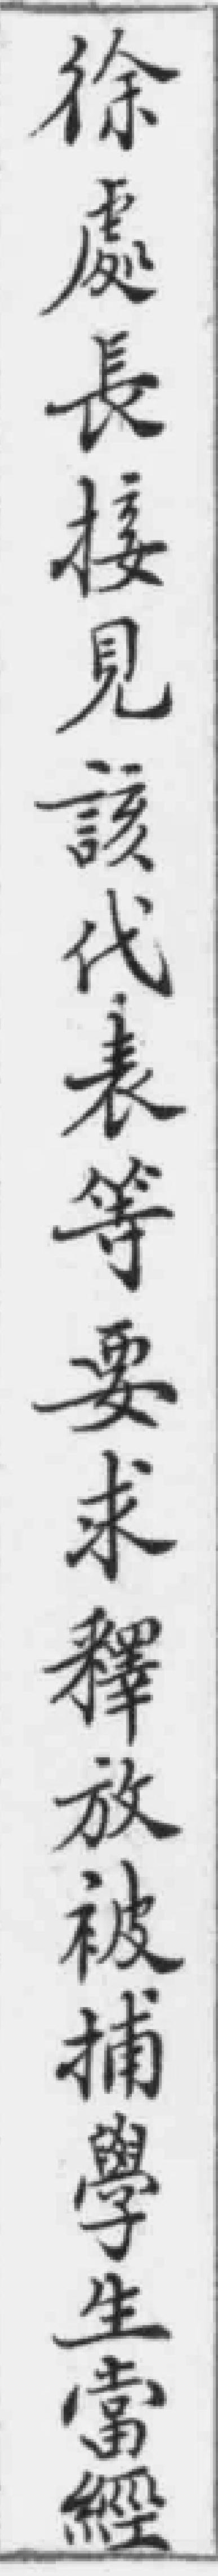
徐處長接見該代表等要求釋放被捕學生當經